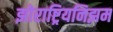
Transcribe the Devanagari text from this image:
झोराष्ट्रियनिझम